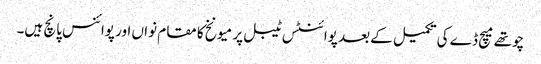
چوتھے میچ ڈے کی تکمیل کے بعد پوائنٹس ٹیبل پر میونخ کا مقام نواں اور پوائنس پانچ ہیں۔